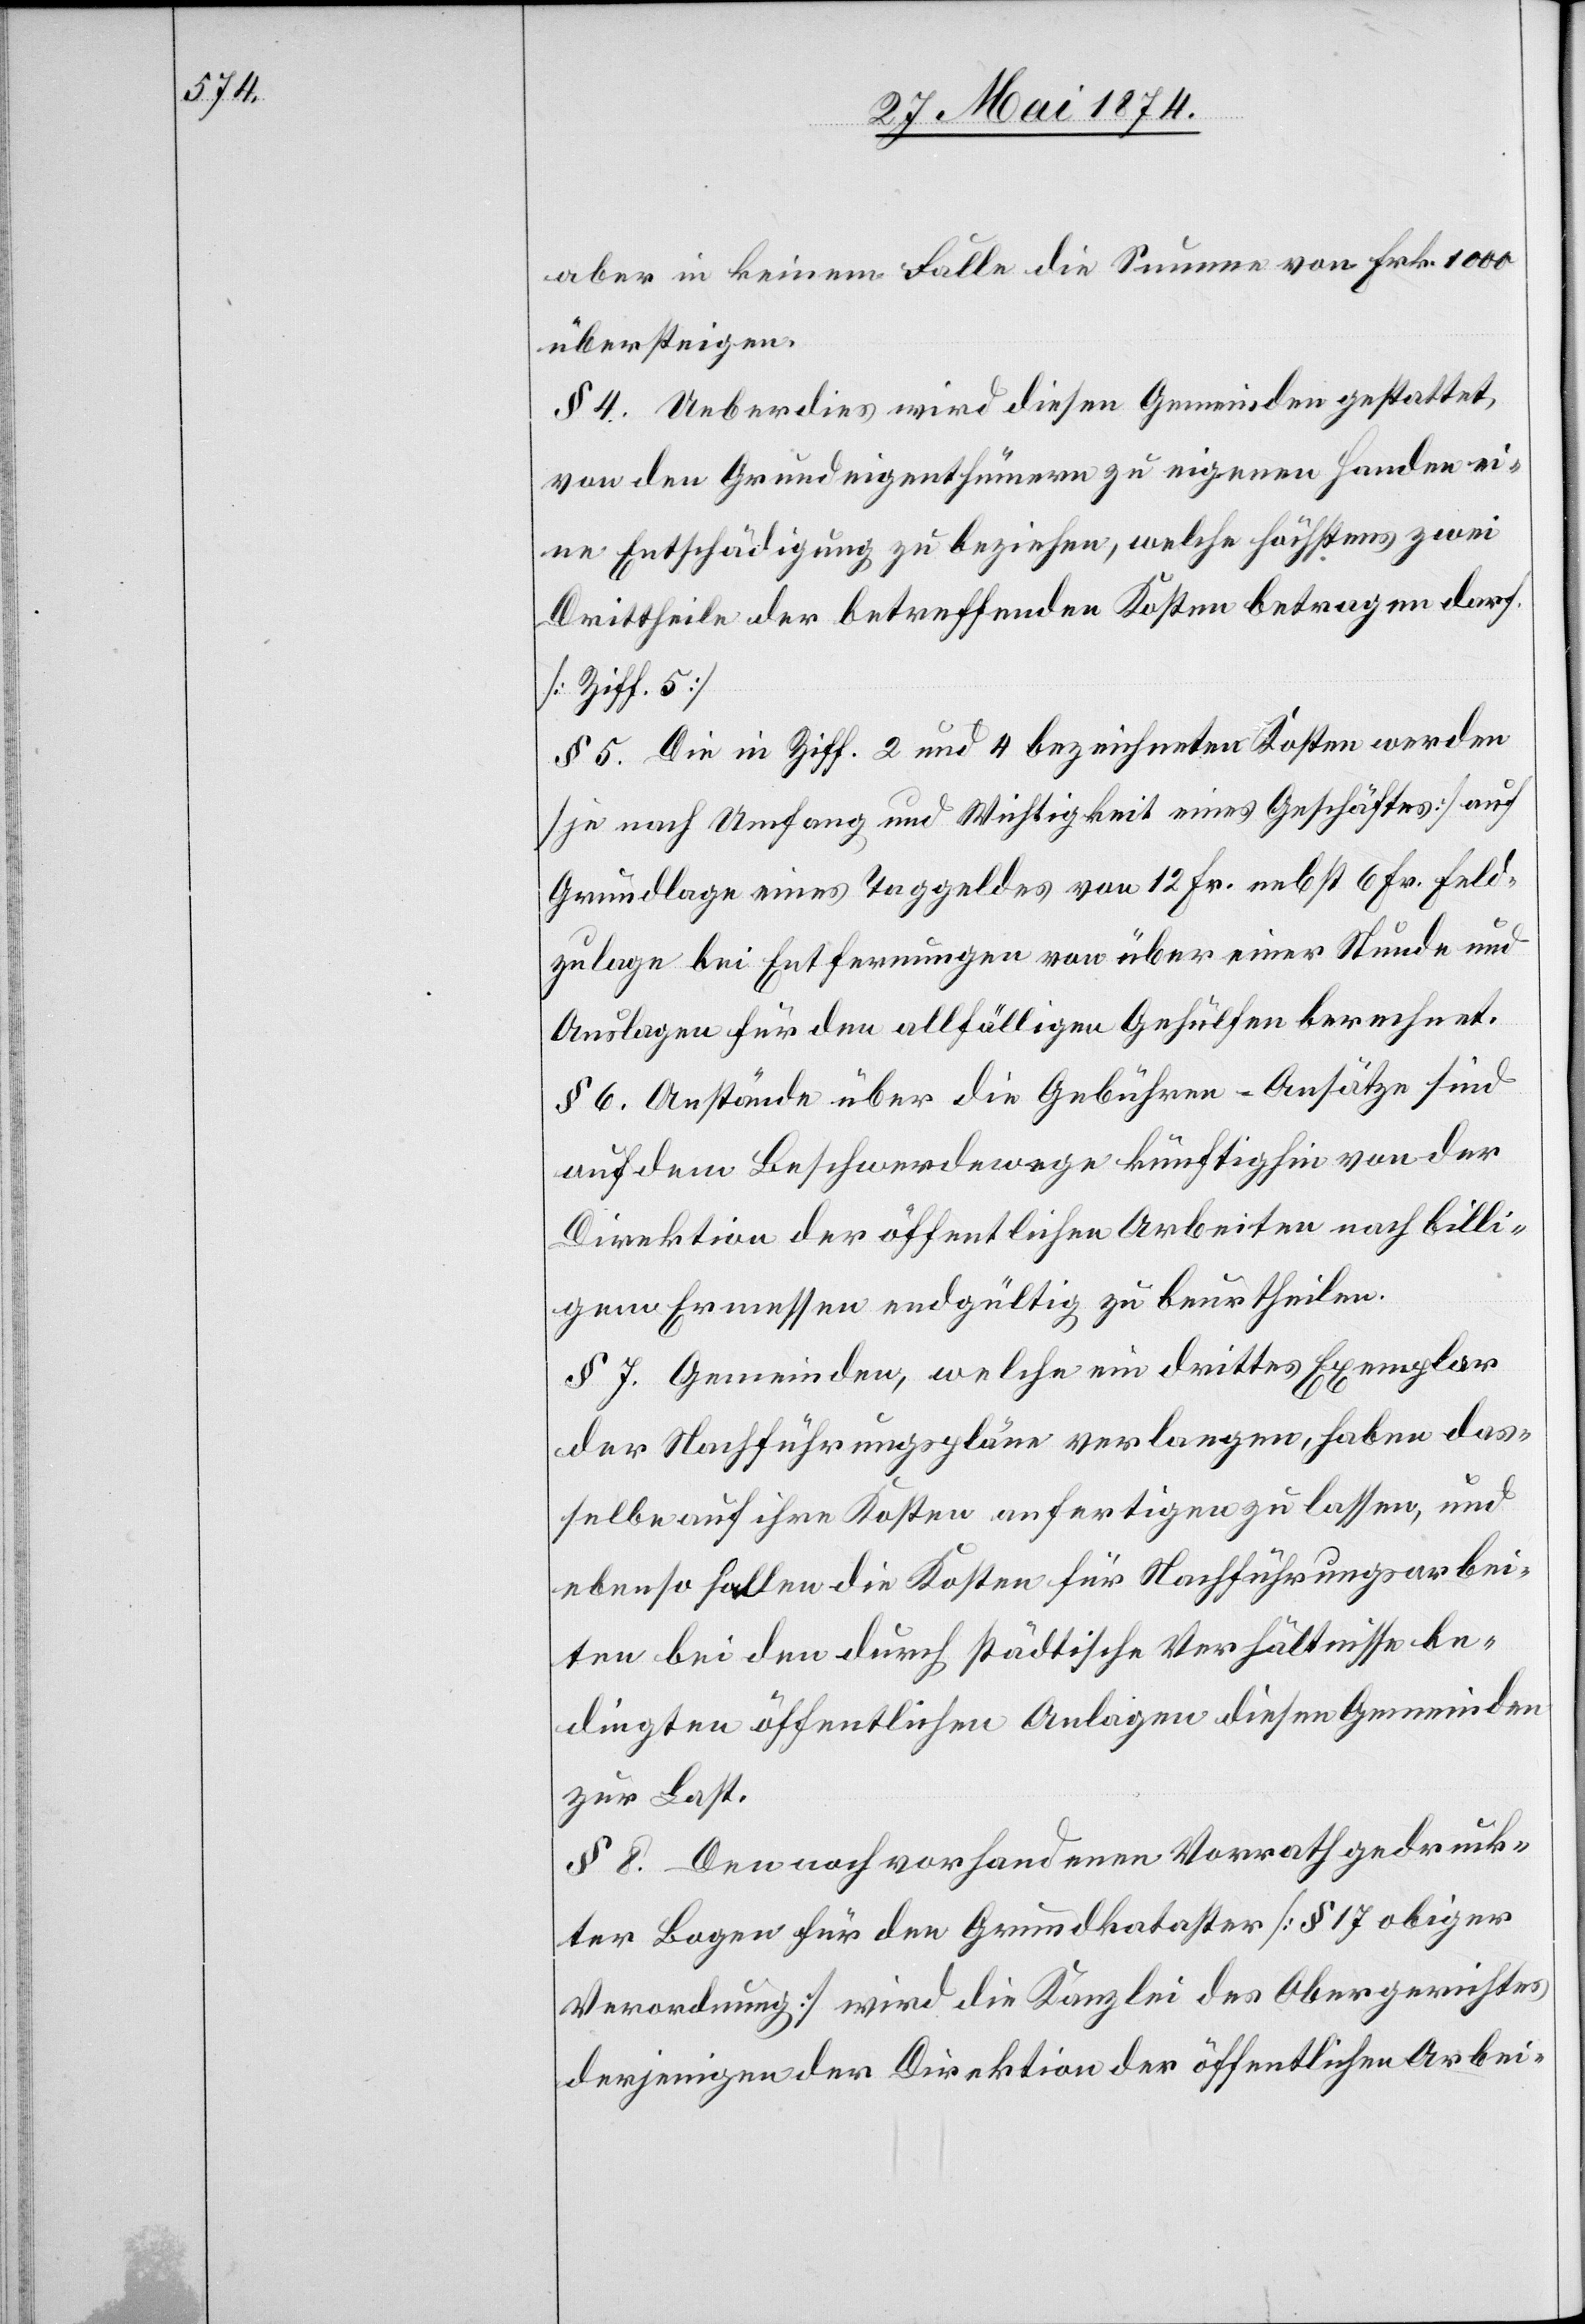
aber in keinem Falle die Summe von Frk. 1000
übersteigen.
§ 4. Ueberdies wird diesen Gemeinden gestattet,
von den Grundeigenthümern zu eigenen Handen ei¬
ne Entschädigung zu beziehen, welche höchstens zwei
Drittheile der betreffenden Kosten betragen darf.
[Ziff. 5]
§ 5. Die in Ziff. 2 und 4 bezeichneten Kosten werden
[je nach Umfang und Wichtigkeit eines Geschäftes] auf
Grundlage eines Taggeldes von 12 Fr. nebst 6 Fr. Feld¬
zulage bei Entfernungen von über einer Stunde und
Auslagen für den allfälligen Gehülfen berechnet.
§ 6. Anstände über die Gebühren-Ansätze sind
auf dem Beschwerdewege künftighin von der
Direktion der öffentlichen Arbeiten nach billi¬
gem Ermessen endgültig zu beurtheilen.
§ 7. Gemeinden, welche ein drittes Exemplar
der Nachführungspläne verlangen, haben das¬
selbe auf ihre Kosten anfertigen zu lassen, und
ebenso sollen die Kosten für Nachführungsarbei¬
ten bei den durch städtische Verhältnisse be¬
dingten öffentlichen Anlagen diesen Gemeinden
zur Last.
§ 8. Den noch vorhandenen Vorrath gedruck¬
ter Bogen für den Grundkataster [§ 17 obiger
Verordnung] wird die Kanzlei des Obergerichtes
derjenigen der Direktion der öffentlichen Arbei-